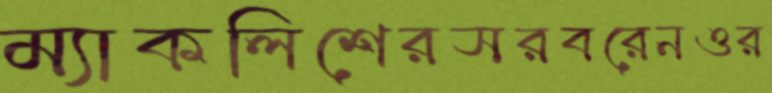
ম্যাকলিশেরসরবরেনওর